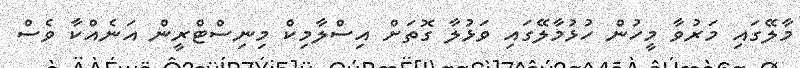
މާލޭގައި މަރުވާ މީހުން ހުޅުމާލޭގައި ވަޅުލާ ގޮތަށް އިސްލާމިކް މިނިސްޓްރީން އަނެއްކާ ވެސް